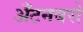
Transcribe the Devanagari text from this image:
अँटनबरो